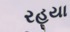
રહયા